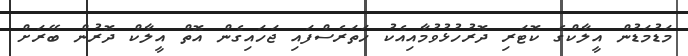
މަޑުމަޑުން އީލާކްގެ ކޮޓަރި ދޮރުހުޅުވުމާއިއެކު ހަތަރެސްފައި ޖަހައިގެން އޮތް އީލާކް ދޮރުން ބޭރަށް